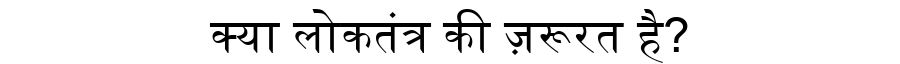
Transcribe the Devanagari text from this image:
क्या लोकतंत्र की ज़रूरत है?